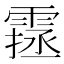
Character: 𩄔